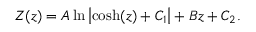
Z ( z ) = A \ln \left| \cosh ( z ) + C _ { 1 } \right| + B z + C _ { 2 } .